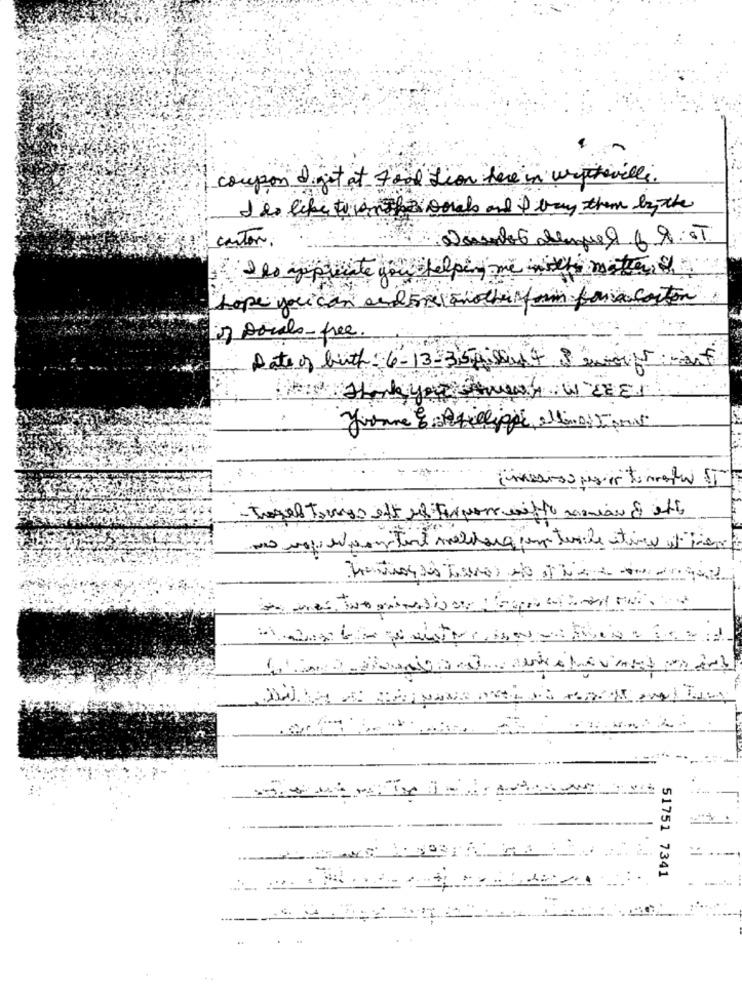
coupon digit at Food Lion here in urpcheville.
I'd like to went z gorals and it way them bythe
carton
e you helpey me mixh mater
hope youcan send me anoche fum para coston
) parala-free.
Date of birth- 6-13-35 pissed 4 8 entout Fit
Thank you way WEEr
Joanne E Atillippe, alsinai TAN
travel Tomas ett ul Terposs mitte maiau & ett
51751 7341